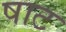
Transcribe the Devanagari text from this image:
षाट